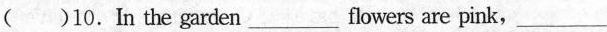
( )10.In the garden___flowers are pink,___